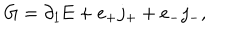
\mathrm { G } = \partial _ { 1 } \mathrm { E } + e _ { + } j _ { + } + e _ { - } j _ { - } ,